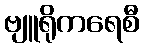
ဗျူရိုကရေစီ